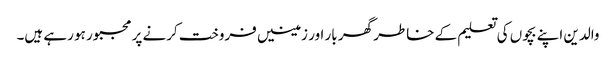
والدین اپنے بچوں کی تعلیم کے خاطر گھر بار اور زمینیں فروخت کرنے پر مجبور ہو رہے ہیں۔